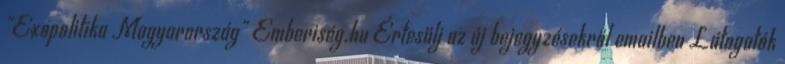
"Exopolitika Magyarország" Emberiség.hu Értesülj az új bejegyzésekről emailben Látogatók